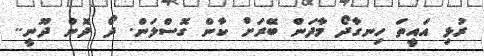
ރުޅި އައީތަ ހިނގާދޯ މާދަން ބޭރަށް ކާން ގޮސްލަން. ދޯ ދޮން ދޫނީ..